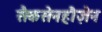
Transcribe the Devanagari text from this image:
सैकसेनहौज़ेन